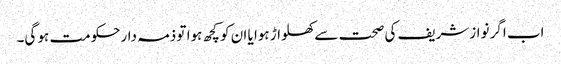
اب اگر نوازشریف کی صحت سے کھلواڑ ہوا یا ان کو کچھ ہوا تو ذمہ دارحکومت ہو گی۔